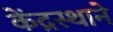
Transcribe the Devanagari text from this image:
केंद्रस्थाने